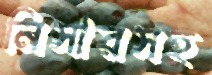
নিসারসহ